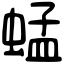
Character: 蜢